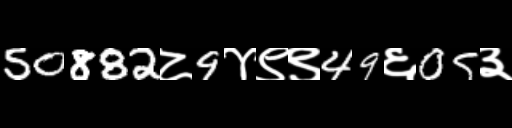
Text: 50882८9४९९49६05३